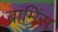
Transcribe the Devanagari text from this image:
ब्रामिंस